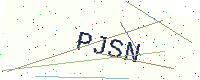
Text: PJSN